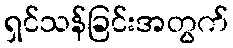
ရှင်သန်ခြင်းအတွက်